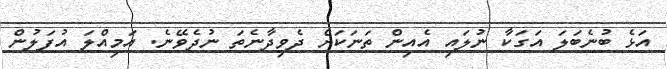
އަޅެ ބުނެބަލަ އަގަކާ ނުލައި އެއިން ތަނަކަށް ދެވިދާނެތަ ނުދެވޭނެ. އަމިއްލަ އުފަލުން